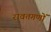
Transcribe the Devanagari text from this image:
रावतगणों